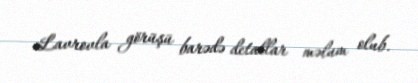
Lavrovla görüşü barədə detallar məlum olub.